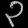
Digit: ၃